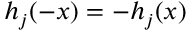
h _ { j } ( - x ) = - h _ { j } ( x )